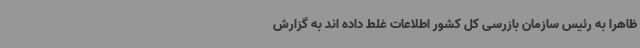
ظاهرا به رئیس سازمان بازرسی کل کشور اطلاعات غلط داده اند به گزارش